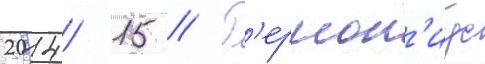
2014/ 15 // Г'ермон'иус